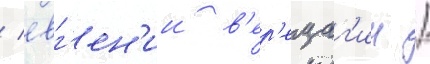
/ евг'ен'ии в'ер'ещаг'ин /